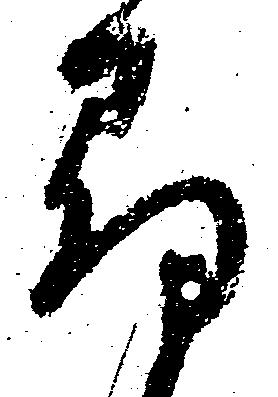
尋